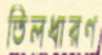
তিলধারণ